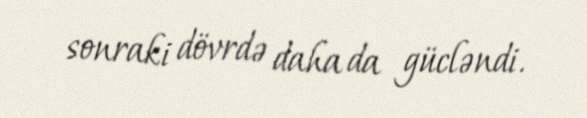
sonraki dövrdə daha da gücləndi.